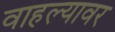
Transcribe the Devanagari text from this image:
वाहल्यावर